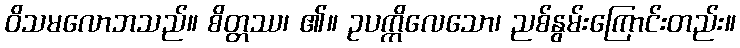
ဝိသမလောဘသည်။ စိတ္တဿ၊ ၏။ ဥပက္ကိလေသော၊ ညစ်နွမ်းကြောင်းတည်း။